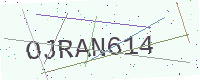
Text: OJRAN614